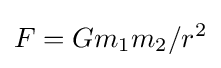
F=Gm_{1}m_{2}/r^{2}